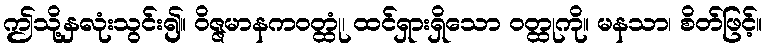
ဤသို့နှလုံးသွင်း၍။ ဝိဇ္ဇမာနကဝတ္ထုံ၊ ထင်ရှားရှိသော ဝတ္ထုကို။ မနသာ၊ စိတ်ဖြင့်။